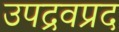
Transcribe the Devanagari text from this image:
उपद्रवप्रद